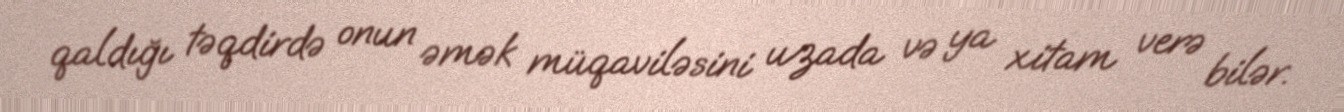
qaldığı təqdirdə onun əmək müqaviləsini uzada və ya xitam verə bilər.